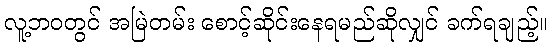
လူ့ဘဝတွင် အမြဲတမ်း စောင့်ဆိုင်းနေရမည်ဆိုလျှင် ခက်ရချည့်။